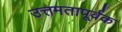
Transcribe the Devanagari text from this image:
उत्तमतापूर्वक